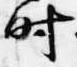
時